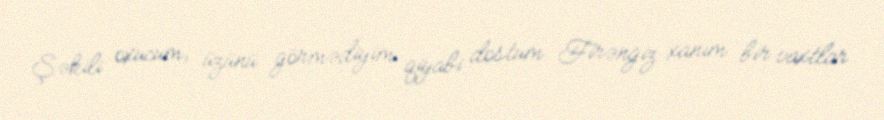
Şəkili oxucum, üzünü görmədiyim qiyabi dostum Firəngiz xanım bir vaxtlar